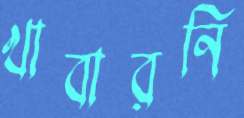
খাবারনি